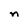
Character: n